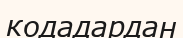
кодадардан